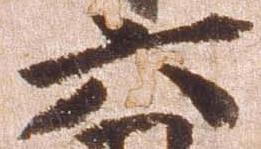
六